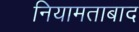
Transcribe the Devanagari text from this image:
नियामताबाद